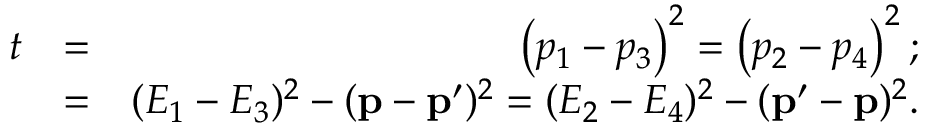
\begin{array} { r l r } { t } & { = } & { \left( p _ { 1 } - p _ { 3 } \right) ^ { 2 } = \left( p _ { 2 } - p _ { 4 } \right) ^ { 2 } ; } \\ & { = } & { ( E _ { 1 } - E _ { 3 } ) ^ { 2 } - ( \mathbf { p } - \mathbf { p } ^ { \prime } ) ^ { 2 } = ( E _ { 2 } - E _ { 4 } ) ^ { 2 } - ( \mathbf { p } ^ { \prime } - \mathbf { p } ) ^ { 2 } . } \end{array}